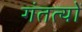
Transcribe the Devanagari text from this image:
गंतत्‍यों